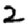
Digit: 2